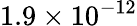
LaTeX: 1.9\times 10^{-12}